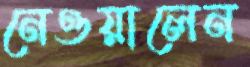
নেওয়ালেন